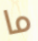
ما